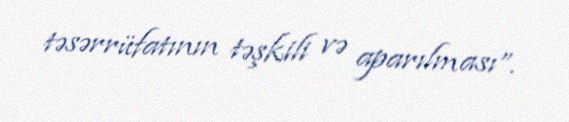
təsərrüfatının təşkili və aparılması”.